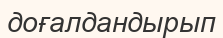
доғалдандырып